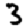
Digit: 3